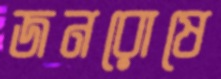
জনরোষে